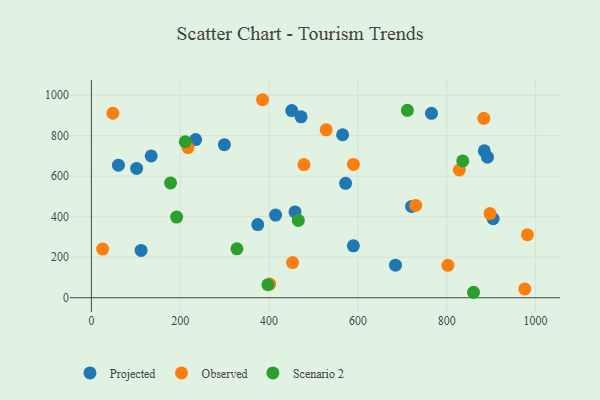
{"axis": {"x": "Price", "y": "Sales"}, "legend": ["Observed", "Projected", "Scenario 2"], "data": [{"x": "234.7", "y": 780.9, "type": "Projected"}, {"x": "884.5", "y": 725.1, "type": "Projected"}, {"x": "589.8", "y": 256.1, "type": "Projected"}, {"x": "720.9", "y": 450.8, "type": "Projected"}, {"x": "458.4", "y": 423.4, "type": "Projected"}, {"x": "451.1", "y": 923.6, "type": "Projected"}, {"x": "904.4", "y": 390.4, "type": "Projected"}, {"x": "684.6", "y": 160.7, "type": "Projected"}, {"x": "374.5", "y": 361.3, "type": "Projected"}, {"x": "101.8", "y": 638.5, "type": "Projected"}, {"x": "111.9", "y": 233.7, "type": "Projected"}, {"x": "572.3", "y": 564.5, "type": "Projected"}, {"x": "60.9", "y": 654.2, "type": "Projected"}, {"x": "891.7", "y": 694.0, "type": "Projected"}, {"x": "134.6", "y": 700.0, "type": "Projected"}, {"x": "565.5", "y": 804.6, "type": "Projected"}, {"x": "414.7", "y": 408.2, "type": "Projected"}, {"x": "472.1", "y": 893.0, "type": "Projected"}, {"x": "765.6", "y": 910.5, "type": "Projected"}, {"x": "299.3", "y": 755.3, "type": "Projected"}, {"x": "883.4", "y": 885.8, "type": "Observed"}, {"x": "217.5", "y": 741.2, "type": "Observed"}, {"x": "478.5", "y": 657.4, "type": "Observed"}, {"x": "828.3", "y": 630.4, "type": "Observed"}, {"x": "385.3", "y": 977.4, "type": "Observed"}, {"x": "25.3", "y": 240.0, "type": "Observed"}, {"x": "528.6", "y": 828.9, "type": "Observed"}, {"x": "897.4", "y": 415.2, "type": "Observed"}, {"x": "975.7", "y": 43.0, "type": "Observed"}, {"x": "802.6", "y": 160.1, "type": "Observed"}, {"x": "730.1", "y": 455.6, "type": "Observed"}, {"x": "589.9", "y": 658.1, "type": "Observed"}, {"x": "401.4", "y": 67.6, "type": "Observed"}, {"x": "452.9", "y": 173.5, "type": "Observed"}, {"x": "981.5", "y": 310.8, "type": "Observed"}, {"x": "48.4", "y": 910.7, "type": "Observed"}, {"x": "711.4", "y": 924.9, "type": "Scenario 2"}, {"x": "465.9", "y": 381.4, "type": "Scenario 2"}, {"x": "178.2", "y": 566.5, "type": "Scenario 2"}, {"x": "860.3", "y": 26.9, "type": "Scenario 2"}, {"x": "191.9", "y": 397.9, "type": "Scenario 2"}, {"x": "836.0", "y": 675.4, "type": "Scenario 2"}, {"x": "397.3", "y": 64.1, "type": "Scenario 2"}, {"x": "211.2", "y": 769.9, "type": "Scenario 2"}, {"x": "327.6", "y": 241.4, "type": "Scenario 2"}]}